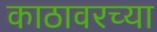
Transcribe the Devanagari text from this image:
काठावरच्या